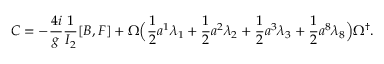
C = - \frac { 4 i } { g } \frac { 1 } { I _ { 2 } } [ B , F ] + \Omega \Bigl ( \frac { 1 } { 2 } a ^ { 1 } \lambda _ { 1 } + \frac { 1 } { 2 } a ^ { 2 } \lambda _ { 2 } + \frac { 1 } { 2 } a ^ { 3 } \lambda _ { 3 } + \frac { 1 } { 2 } a ^ { 8 } \lambda _ { 8 } \Bigr ) \Omega ^ { \dagger } .